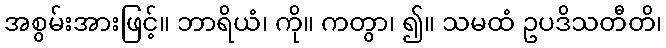
အစွမ်းအားဖြင့်။ ဘာရိယံ၊ ကို။ ကတွာ၊ ၍။ သမထံ ဥပဒိသတီတိ၊